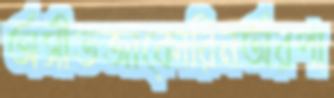
অসীতজাকোরিনঅরপা